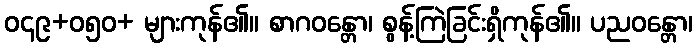
ဝ၄၉+၀၅ဝ+ များကုန်၏။ စာဂဝန္တော၊ စွန့်ကြဲခြင်းရှိကုန်၏။ ပညဝန္တော၊